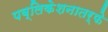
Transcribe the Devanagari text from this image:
पब्लिकेशनातर्फे